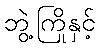
ဘွဲ့ကြိုနှင့်